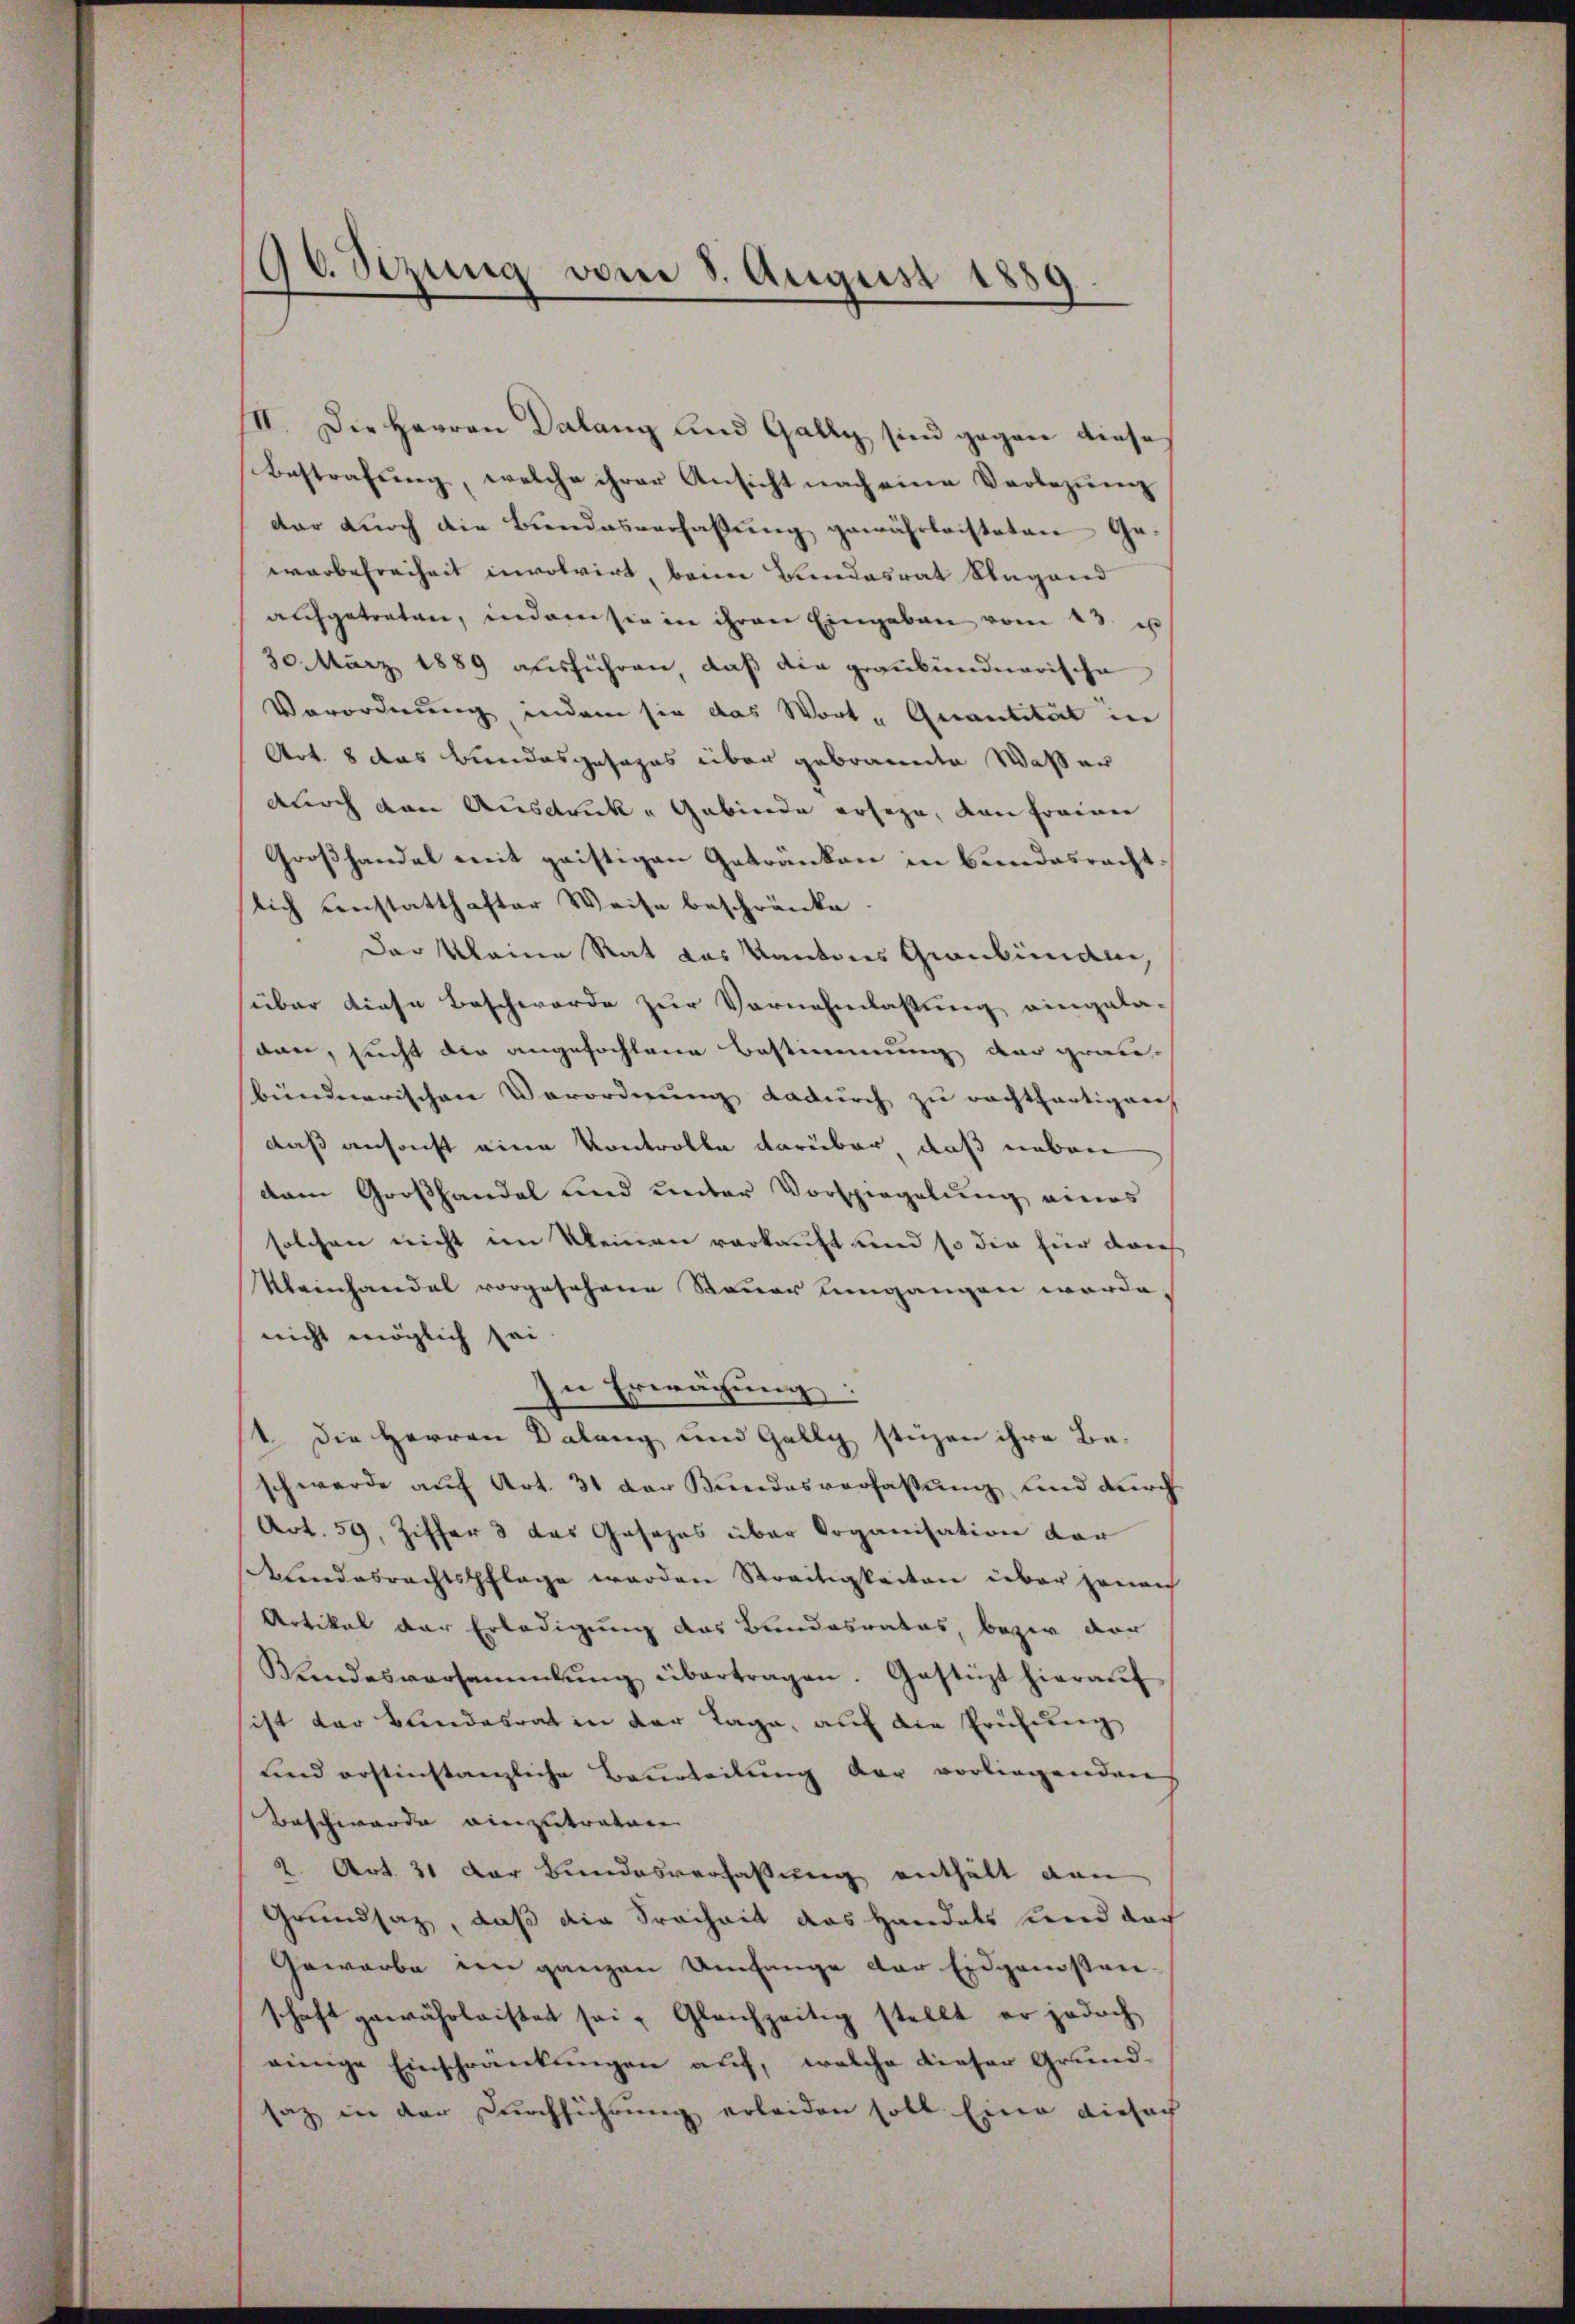
96 Sezung vom 8. August 1889.

II. Die Herren Dalang und Gally sind gegen diese
Bestrafŭng, welche ihrer Ansicht nach eine Verlegŭng
dar dŭrch die Bŭndesverfassŭng gewährleisteten Ge-
warbefreiheit involvirt, beim Bundesrat Klagand
aŭfgetreten, indem sie in ihren Eingaben vom 23. u
30. März 1889 ausführen, daß die graubündnerische
Verordnung indem sie das Wort „Quantität in
Art. 8 das Bundesgesages über gebrannte Waßer
durch den Ausdruck - Gebinde erseze, von freien
Großhandel mit geistigen Getränken in Bundesracht:
lich einstatthafter Weise beschränke.
Der Kleine Rat das Kantons Graubünden.
über diese Beschwerde zur Vornehmlassung eingela-
dan, sucht die angefochtene Bestimmung der grau-
bündnerischen Verordnung dadurch zu rechtfertigen
daß ansacht eine Kontrolle darüber, daß neben
dam Großhandel und unter Vorspiegelung eines
solchen nicht im Kleinen verkauft und so die für die
Kleinhandel vorgesehene Steuer umgangen werde,
nicht möglich sei
In Erwächung:
1. Die Herren Dalang und Gally stüzen ihre Be-
schwerde auf Art. 31 der Bundesverfassung und durch
Art. 59, Ziffer 3 das Gesezes über Organisation der
eundesrechtspflage werden Streitigkeiten über jenach
Artikel der Erledigung das Bundesrates, bezir vor
Rŭndesversammlung übertragen. Gestüzt hieraŭf
sist der Bundesrat in der Tage, auf die Prüfung
und erstinstanzliche Beurteilung der vorliegenden
Beschwärde einzutraten
2. Art. 31 der Bundesverfassung enthält von
Grundsatz, daß die Freiheit das Handels und doc
Gewerbe im ganzen Umfange der Eidganstan-
schaft gewährleistet sei. Gleichzeitig stellt er jedoch
einige Einschränkungen auf, welche dieser Grund-
saz, in der Durchführung erleiden soll Eine diefach